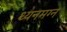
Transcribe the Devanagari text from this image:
ध्‍यनमग्‍न